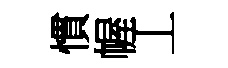
慣幄丄